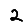
Digit: 2